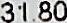
31.80